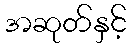
အဆုတ်နှင့်